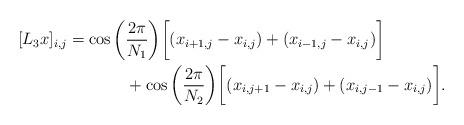
LaTeX: \begin{align*}[L_3 x]_{i,j} = \cos\bigg(&\frac{2\pi}{N_1}\bigg)\bigg[(x_{i+1,j} - x_{i,j}) + (x_{i-1,j} - x_{i,j})\bigg] \\ &+ \cos\bigg(\frac{2\pi}{N_2}\bigg)\bigg[(x_{i,j+1} - x_{i,j}) + (x_{i,j-1} - x_{i,j})\bigg].\end{align*}